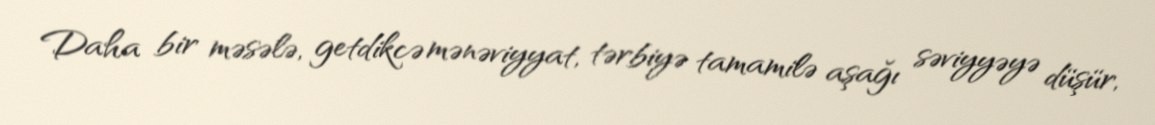
Daha bir məsələ, getdikcə mənəviyyat, tərbiyə tamamilə aşağı səviyyəyə düşür,